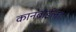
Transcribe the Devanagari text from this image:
कानबाईला